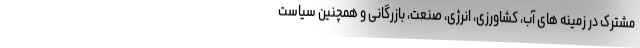
مشترک در زمینه های آب، کشاورزی، انرژی، صنعت، بازرگانی و همچنین سیاست